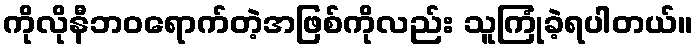
ကိုလိုနီဘဝရောက်တဲ့အဖြစ်ကိုလည်း သူကြုံခဲ့ရပါတယ်။